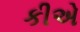
કીએ